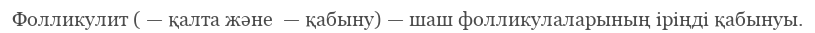
Фолликулит ( — қалта және  — қабыну) — шаш фолликулаларының іріңді қабынуы.